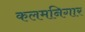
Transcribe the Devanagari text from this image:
कलमनिगार